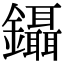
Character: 鑷